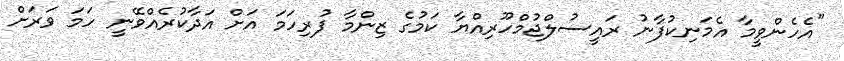
"އެހެންވީމާ އެމަނިކުފާނު ރައީސުލްޖުމްހޫރިއްޔާ ކަމުގެ ޒިންމާ ފުރިހަމަ އަށް އަދާކުރެއްވޭނީ ހަމަ ވަރަށް